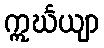
ဣင်္ဃယျာ